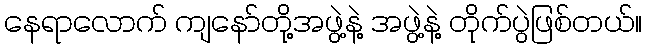
နေရာလောက် ကျနော်တို့အဖွဲ့နဲ့ အဖွဲ့နဲ့ တိုက်ပွဲဖြစ်တယ်။